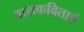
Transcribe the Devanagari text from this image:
बालकविताएँ